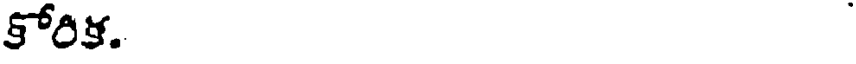
కోరిక.